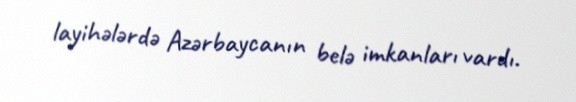
layihələrdə Azərbaycanın belə imkanları vardı.